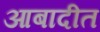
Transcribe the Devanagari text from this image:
आबादीत